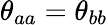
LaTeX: \theta_{aa}=\theta_{bb}